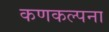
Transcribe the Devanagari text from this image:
कणकल्पना